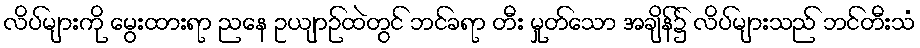
လိပ်များကို မွေးထားရာ ညနေ ဥယျာဉ်ထဲတွင် ဘင်ခရာ တီး မှုတ်သော အချိန်၌ လိပ်များသည် ဘင်တီးသံ